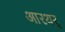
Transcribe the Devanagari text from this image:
आरथर्